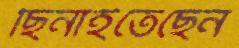
ছিনাইতেছেন